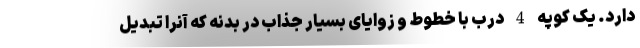
دارد. یک کوپه 4 درب با خطوط و زوایای بسیار جذاب در بدنه که آنرا تبدیل